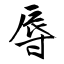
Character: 辱